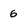
Character: 6